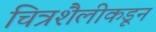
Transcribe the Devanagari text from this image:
चित्रशैलीकडून